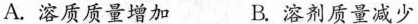
A.溶质质量增加 B.溶剂质量减少